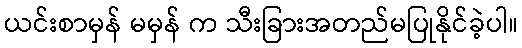
ယင်းစာမှန် မမှန် က သီးခြားအတည်မပြုနိုင်ခဲ့ပါ။